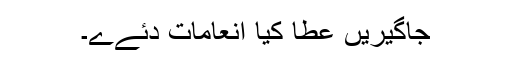
جاگیریں عطا کیا انعامات دئےے۔